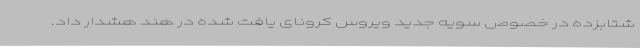
شتابزده در خصوص سویه جدید ویروس کرونای یافت شده در هند هشدار داد.